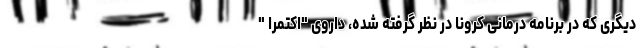
دیگری که در برنامه درمانی کرونا در نظر گرفته شده، داروی "اکتمرا "